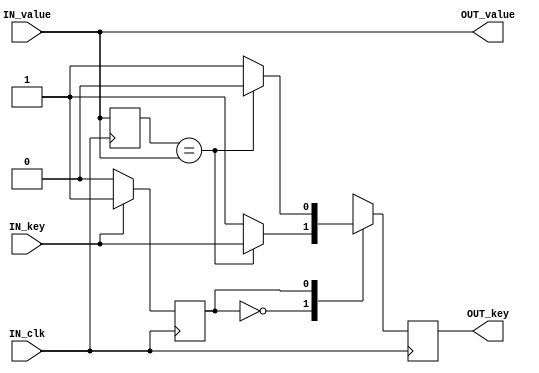
//s0 key = 0
//s1 key = 1
// 

module anti_shake(input IN_clk, input [3:0] IN_value, input IN_key,
					output reg [3:0] OUT_value, output reg OUT_key);
	reg [3:0] temp_value;
	reg state;
	parameter s0 = 0, s1 = 1;
	
	always@(*)
	begin
		OUT_value = IN_value;
	end
	
	always @(posedge IN_clk)
	begin
		if(IN_key)
			state <= s1;
		else
			state <= s0;
	end
	
	always @(posedge IN_clk)
	begin
	case(state)
	s0:begin
		temp_value <= IN_value;
		//OUT_key <= IN_key;
		if(temp_value == IN_value)
		begin
//			OUT_value <= IN_value; 
			OUT_key <= IN_key; 
		end
		else
		begin
//			OUT_value <= IN_value;  // 
			OUT_key <= 1; 
		end
		end
	s1:begin
		temp_value <= IN_value;
		//OUT_key <= IN_key;
		if(temp_value == IN_value)
		begin
//			OUT_value <= IN_value; 
			OUT_key <= 0; 
		end
		else
		begin
//			OUT_value <= IN_value; // 
			OUT_key <= 1; 
		end
		end
	endcase
	end
	
	
endmodule